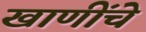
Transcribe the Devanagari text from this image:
खाणींचे